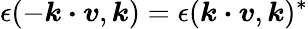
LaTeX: {\epsilon(-\boldsymbol{k\cdot v},\boldsymbol{k})=\epsilon(\boldsymbol{k\cdot v},\boldsymbol{k})^{*}}